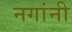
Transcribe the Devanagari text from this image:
नगांनी